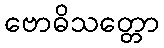
ဗောဓိသတ္တော